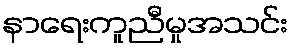
နာရေးကူညီမှုအသင်း